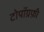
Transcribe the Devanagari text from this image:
टोपॉग्रफ़ी